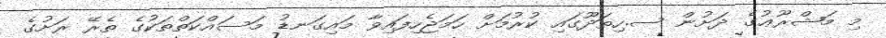
މި މަޝްރޫޢުގެ ދަށުން ސ.ހިތަދޫގައި ކުރުމަށް ހަމަޖެހިފައިވާ މައިގަނޑު މަސައްކަތްތަކުގެ ތެރޭ ރަށުގެ